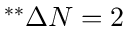
^ { * * } \Delta N = 2